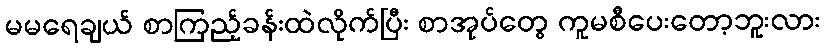
မမရေချယ် စာကြည့်ခန်းထဲလိုက်ပြီး စာအုပ်တွေ ကူမစီပေးတော့ဘူးလား